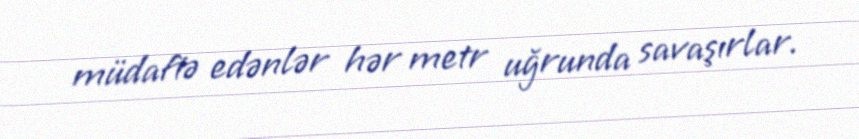
müdafiə edənlər hər metr uğrunda savaşırlar.